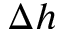
\Delta h